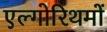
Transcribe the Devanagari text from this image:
एल्गोरिथमों